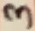
Text: 3